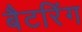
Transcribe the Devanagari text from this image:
बैटरिंग